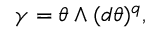
\gamma = \theta \wedge ( d \theta ) ^ { q } ,